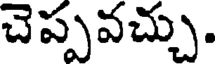
చెప్పవచ్చు.